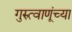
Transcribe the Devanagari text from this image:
गुरुत्वाणूंच्या